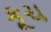
કૂચ